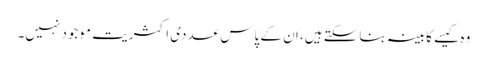
وہ کیسے کابینہ بناسکتے ہیں، ان کے پاس عددی اکثریت موجود نہیں۔